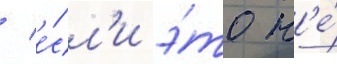
/ е́сл'и э́то н'е́